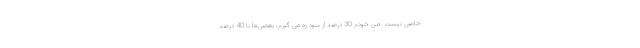
خاصی نیست. من خودم 30 درصد از سود رو می­ گیرم، بعضی­ها تا 40 درصد